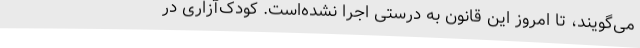
می‌گویند، تا امروز این قانون به درستی اجرا نشده‌است. کودک‌آزاری در